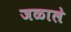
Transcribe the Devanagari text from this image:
जळाले